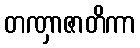
တဏှာဇာတိကာ